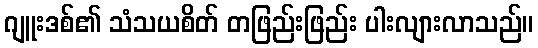
ဂျူးဒစ်၏ သံသယစိတ် တဖြည်းဖြည်း ပါးလျားလာသည်။